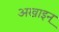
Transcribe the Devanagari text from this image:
अखाइन्